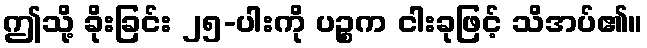
ဤသို့ ခိုးခြင်း ၂၅-ပါးကို ပဉ္စက ငါးခုဖြင့် သိအပ်၏။